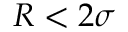
R < 2 \sigma